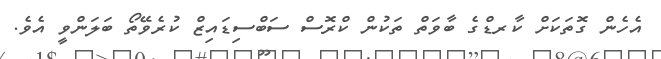
އެހެން ގޮތަކަށް ކާރޑްގެ ބާވަތް ތަކުން ކްރޮސް ސަބްސިޑައިޒް ކުރެވޭތޯ ބަލަންވީ އެވެ.